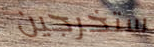
ستخرجين